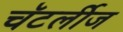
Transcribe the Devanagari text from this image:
चॅटर्लीज